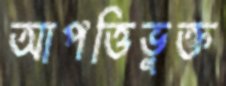
আপত্তিভুক্ত